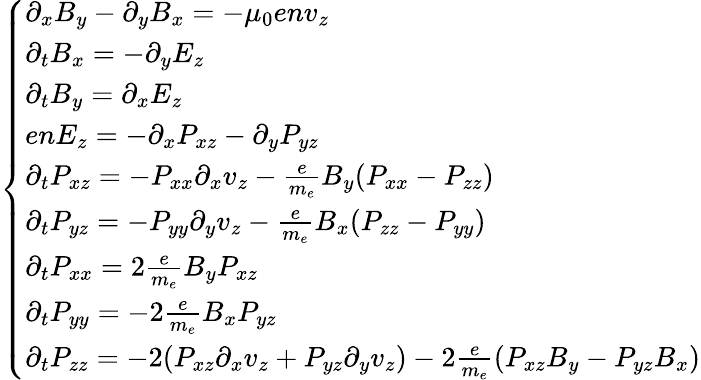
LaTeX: \begin{array}{r}{\left\{ \begin{array}{ll}{\partial_{x}B_{y}-\partial_{y}B_{x}=-\mu_{0}env_{z}}\\ {\partial_{t}B_{x}=-\partial_{y}E_{z}}\\ {\partial_{t}B_{y}=\partial_{x}E_{z}}\\ {enE_{z}=-\partial_{x}P_{xz}-\partial_{y}P_{yz}}\\ {\partial_{t}P_{xz}=-P_{xx}\partial_{x}v_{z}-\frac{e}{m_{e}}B_{y}(P_{xx}-P_{zz})}\\ {\partial_{t}P_{yz}=-P_{yy}\partial_{y}v_{z}-\frac{e}{m_{e}}B_{x}(P_{zz}-P_{yy})}\\ {\partial_{t}P_{xx}=2\frac{e}{m_{e}}B_{y}P_{xz}}\\ {\partial_{t}P_{yy}=-2\frac{e}{m_{e}}B_{x}P_{yz}}\\ {\partial_{t}P_{zz}=-2(P_{xz}\partial_{x}v_{z}+P_{yz}\partial_{y}v_{z})-2\frac{e}{m_{e}}(P_{xz}B_{y}-P_{yz}B_{x})}\end{array}\right.}\end{array}